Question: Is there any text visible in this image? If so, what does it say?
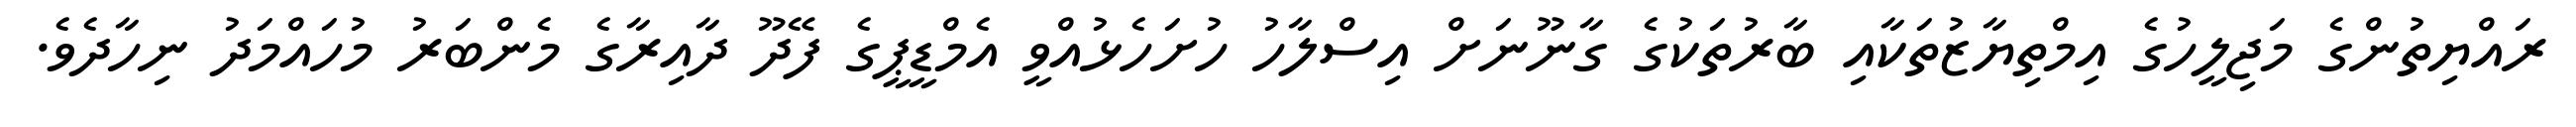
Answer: ރައްޔިތުންގެ މަޖިލީހުގެ އިމްތިޔާޒުތަކާއި ބާރުތަކުގެ ގާނޫނަށް އިސްލާހު ހުށަހެޅުއްވީ އެމްޑީޕީގެ ފޭދޫ ދާއިރާގެ މެންބަރު މުހައްމަދު ނިހާދެވެ.